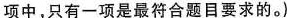
项中，只有一项是最符合题目要求的。